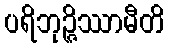
ပရိဘုဉ္ဇိဿာမီတိ